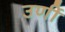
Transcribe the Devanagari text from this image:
उर्णी